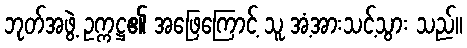
ဘုတ်အဖွဲ့ ဥက္ကဋ္ဌ၏ အဖြေကြောင့် သူ အံ့အားသင့်သွား သည်။